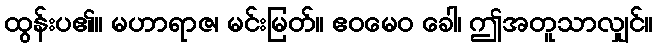
ထွန်းပ၏။ မဟာရာဇ၊ မင်းမြတ်။ ဧဝမေဝ ခေါ၊ ဤအတူသာလျှင်။